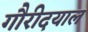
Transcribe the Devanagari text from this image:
गौरीदयाल